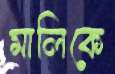
মালিকে